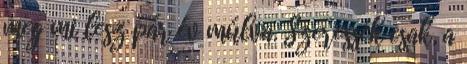
meg mi lesz pár év múlva. Szeressék csak, a